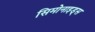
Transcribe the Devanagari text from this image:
सिमोनाइड्स